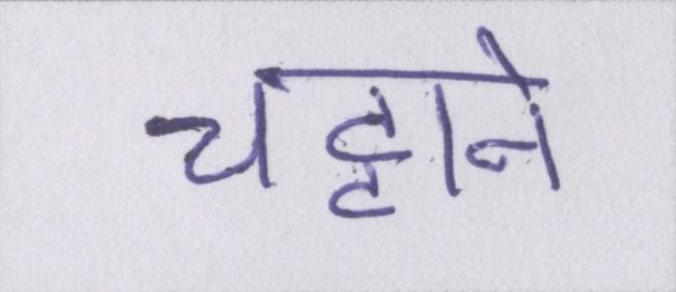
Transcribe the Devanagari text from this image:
चट्टाने